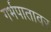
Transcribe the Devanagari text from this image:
गर्भपातावर